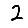
Digit: 2